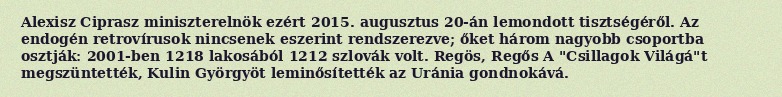
Alexisz Ciprasz miniszterelnök ezért 2015. augusztus 20-án lemondott tisztségéről. Az endogén retrovírusok nincsenek eszerint rendszerezve; őket három nagyobb csoportba osztják: 2001-ben 1218 lakosából 1212 szlovák volt. Regös, Regős A "Csillagok Világá"t megszüntették, Kulin Györgyöt leminősítették az Uránia gondnokává.